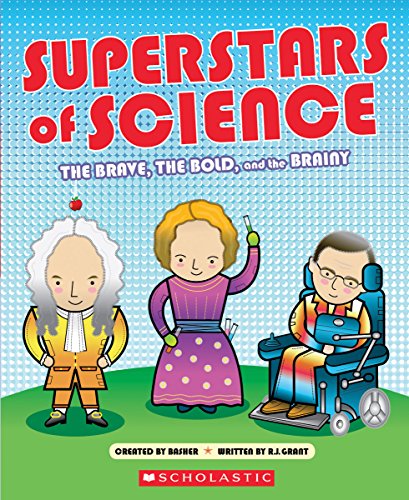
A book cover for Superstars of Science; R.G. Grant; Children's Books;